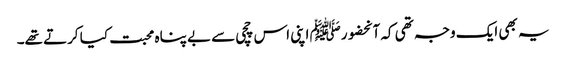
یہ بھی ایک وجہ تھی کہ آنحضورﷺ اپنی اس چچی سے بے پناہ محبت کیا کرتے تھے۔